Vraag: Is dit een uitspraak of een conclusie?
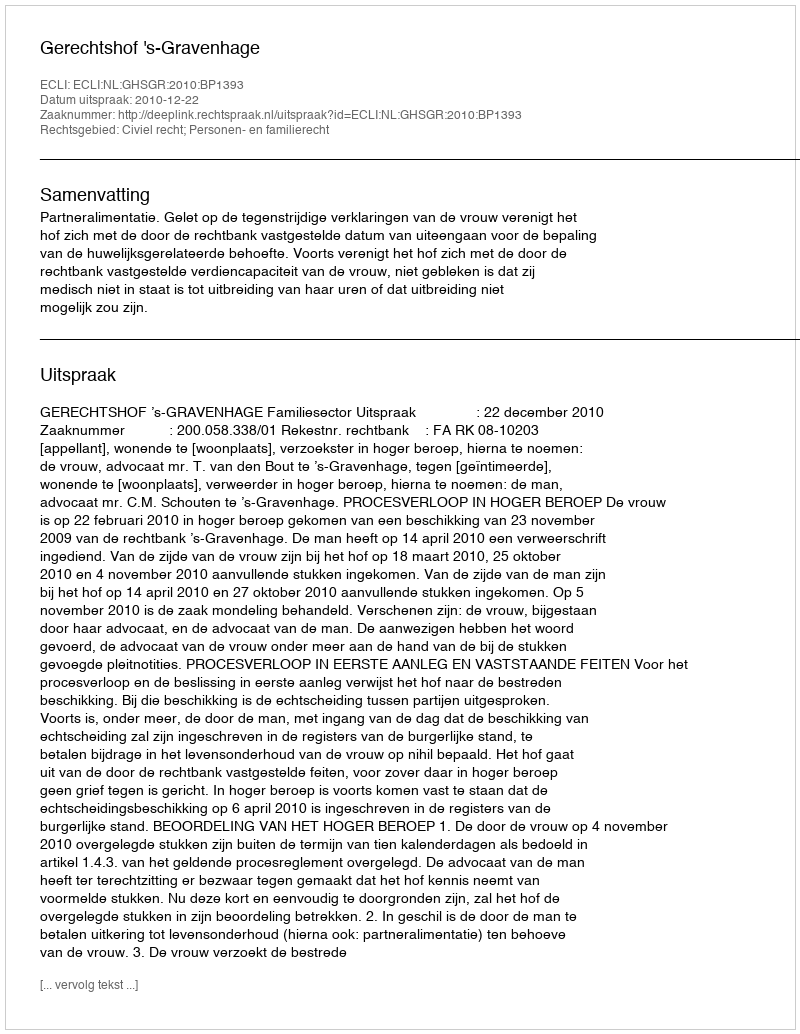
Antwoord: Uitspraak